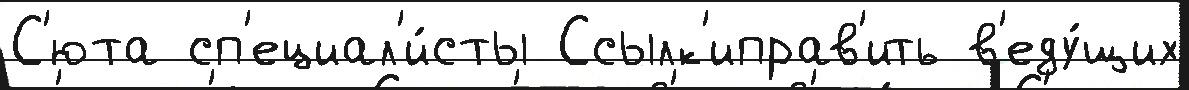
С'юта сп'ециал'и́сты Ссылк'иправ'ить в'еду́щих